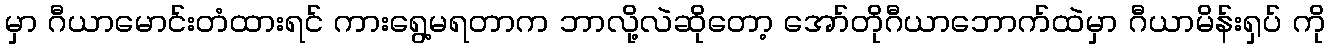
မှာ ဂီယာမောင်းတံထားရင် ကားရွေ့မရတာက ဘာလို့လဲဆိုတော့ အော်တိုဂီယာဘောက်ထဲမှာ ဂီယာမိန်းရှပ် ကို